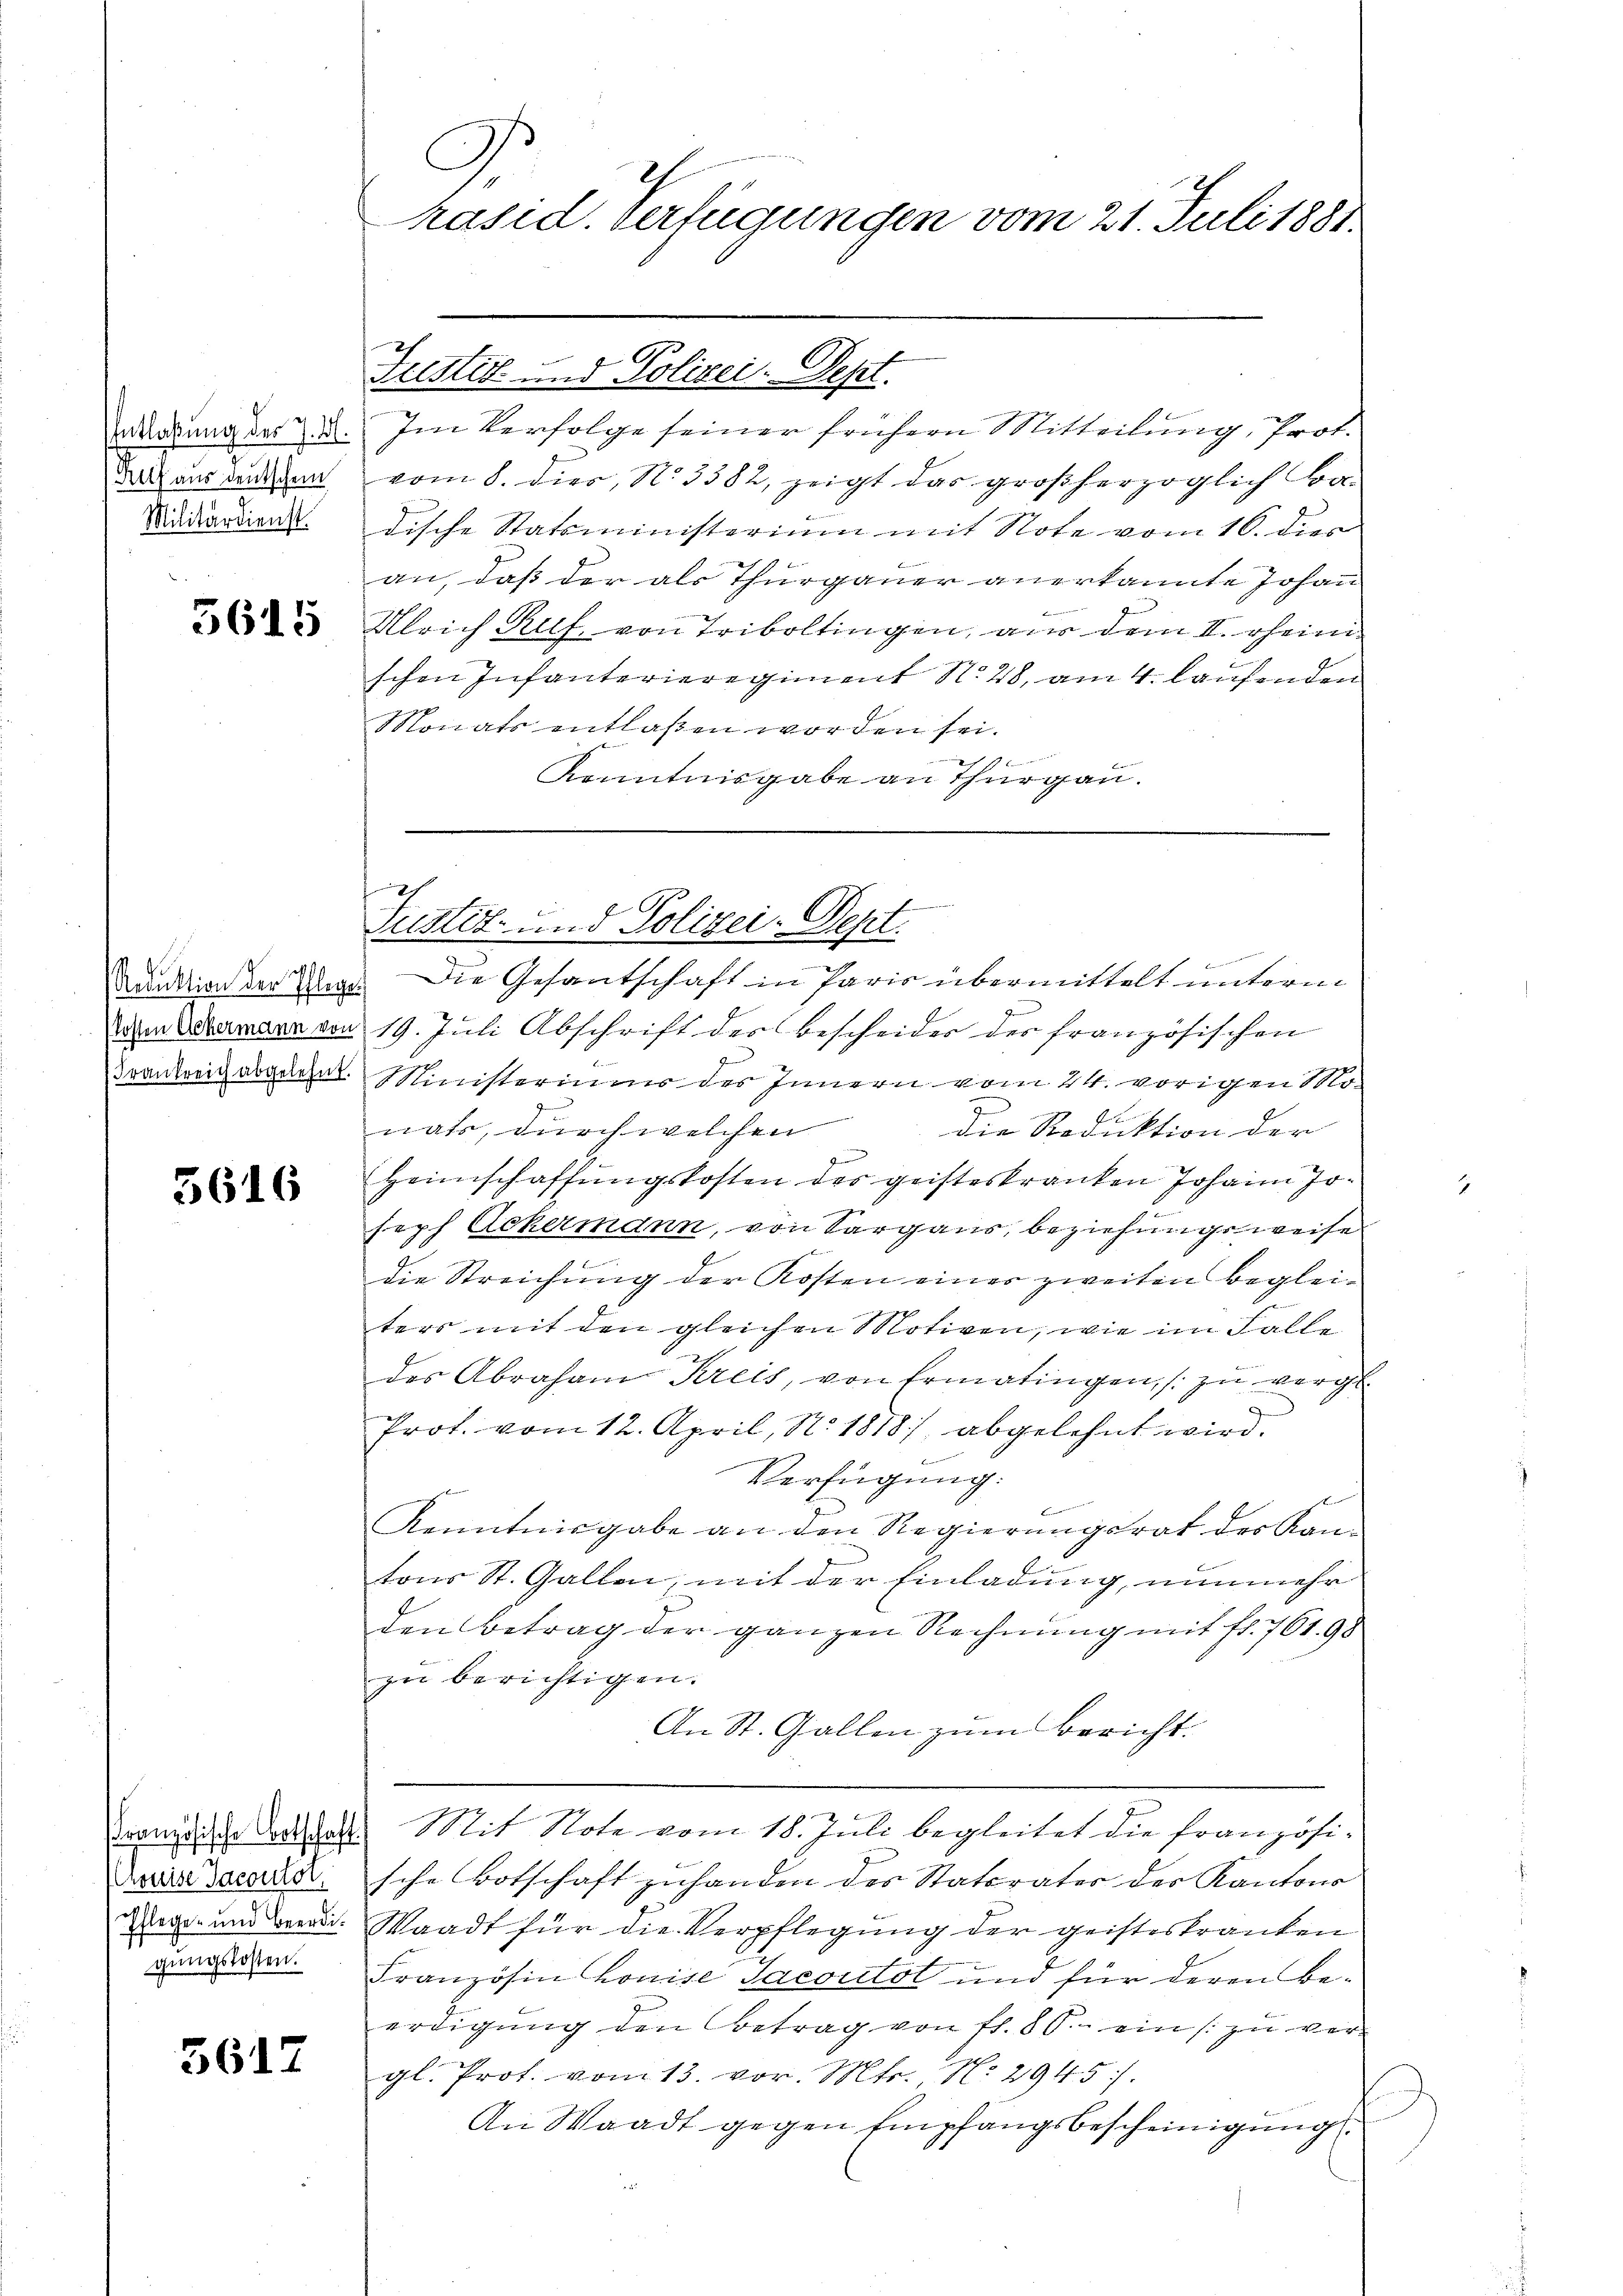
Entlaßung der J. M.
Ruf aus deutschem
Militärdienst.

5615

5616

rouise Jacontol
gungskosten.

3617

uuktion der Klage. Die Gesantschaft in Paris übermittelt unterm
Ien Determann den 19. Juli Abschrift des Bescheides des französischen
Trankreichargelege. Ministeriums des Innern vom 24. vorigen Mo-
nats, durch welchen
die Reduktion der
zu
Heimschaffungskosten des geisteskranken Johann Joseph Ackermann, von Sargaus, beziehungsweise
die Streichung der Kosten einer zweiten Beglei¬
2
ters mit den gleichen Motiven, wie im Falle
des Abraham Kreis, von Ermatingen, zu vergl.
Prot. vom 12. April, No. 1818), abgelehnt wird.
Verfügung.
Kenntnisgabe an den Regierungsrat der Kan-
tons St. Gallen, mit der Einladung, nunmehr
den Betrag der ganzen Rechnung mit fr. 761. 98
zu berichtigen.
An St. Gallen zum Bericht.
Vondite der als Mit Note vom 18. Juli begleitet die französische Botschaft zuhanden des Statsrates der Kantons
Dege- und Bern. Waadt für die Verpflegung der geisteskranken
Französin Louise Sacoutot und für deren Beerdigung den Betrag von fl. 86. ein /: zu vergl. Prot. vom 13. vor. Mts. No 2945.
An Waadt gegen Empfangsbescheinigung
n

C
räsid. Verfügungen vom 21. Juli 1888.

Justiz- und Polizei. Sept.
Im Verfolge seiner frühern Mitteilung, Prot.
vom 8. dies, N. 3382, zeigt das großherzoglich Ba-
dische Statsministerium mit Note vom 16. dies
an, daß der als Thurgauer anerkannte Johann
Ulrich Ruf von Triboltingen, aus dem I. Rheini
schen Infanterieregiment No. 28, am 4. laufenden
Monats entlaßen worden sei.
Kenntnisgabe an Thurgau.

Justiz- und Polizei-Dept.